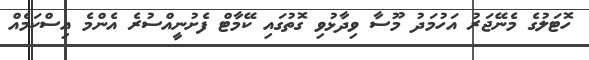
ހޮޓަލުގެ މެނޭޖަރު އަހުމަދު މޫސާ ވިދާޅުވި ގޮތުގައި ކޭމާޓް ފެށުނީއްސުރެ އެންމެ އިސްކަމެއް